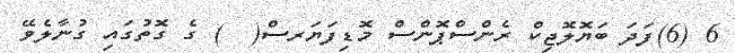
6 (6)ފަދަ ބަޔޮލޮޖިކް ރެންސްޕޮންސް މޮޑިފަޔަރސް(  ) ގެ ގޮތުގައި ގުނާލެވޭ